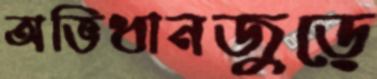
অভিধানজুড়ে